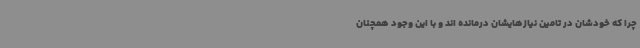
چرا که خودشان در تامین نیازهایشان درمانده اند و با این وجود همچنان